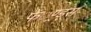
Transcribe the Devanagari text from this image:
फें्रण्ड्स